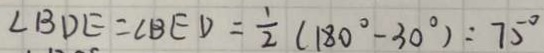
\angle B D E = \angle B E D = \frac { 1 } { 2 } ( 1 8 0 ^ { \circ } - 3 0 ^ { \circ } ) : 7 5 ^ { \circ }